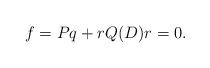
LaTeX: \begin{align*}f=Pq+r Q(D) r=0. \end{align*}